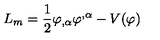
L _ { m } = \frac { 1 } { 2 } \varphi _ { , \alpha } \varphi ^ { , \alpha } - V ( \varphi )